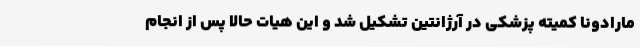
مارادونا کمیته پزشکی در آرژانتین تشکیل شد و این هیات حالا پس از انجام